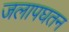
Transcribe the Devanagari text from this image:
जलापघतन